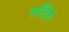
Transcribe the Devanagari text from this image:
सर्वेंद्रिये